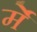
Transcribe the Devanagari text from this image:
र्मे